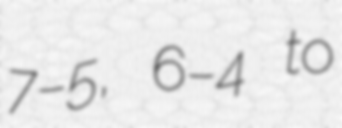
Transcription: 7–5, 6–4 to